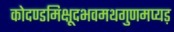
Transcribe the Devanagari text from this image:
कोदण्डमिक्षूदभवमथगुणमप्यड़